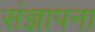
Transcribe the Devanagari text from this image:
संज्ञापना